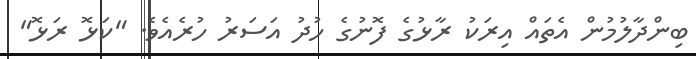
ބިންދާލުމުން އެތައް އިރަކު ރާޅުގެ ފޮނުގެ ހުދު އަސަރު ހުރެއެވެ. "ކަޅޮ ރަޅޮ"